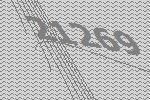
21269